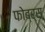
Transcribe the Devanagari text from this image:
फोब्र्स